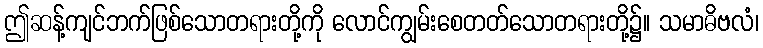
ဤဆန့်ကျင်ဘက်ဖြစ်သောတရားတို့ကို လောင်ကျွမ်းစေတတ်သောတရားတို့၌။ သမာဓိဗလံ၊